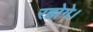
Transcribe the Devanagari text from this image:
रहोगे।